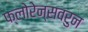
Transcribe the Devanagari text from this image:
फ्लोरेन्सवरुन